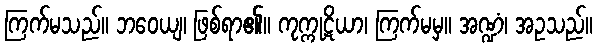
ကြက်မသည်။ ဘဝေယျ၊ ဖြစ်ရာ၏။ ကုက္ကုဋိယာ၊ ကြက်မမှ။ အဏ္ဍံ၊ အဥသည်။